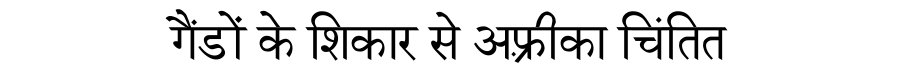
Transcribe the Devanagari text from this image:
गैंडों के शिकार से अफ़्रीका चिंतित